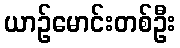
ယာဉ်မောင်းတစ်ဦး